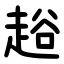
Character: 䞱